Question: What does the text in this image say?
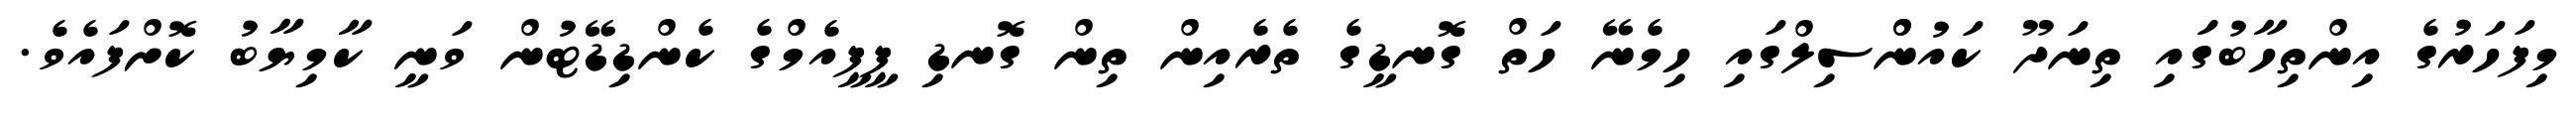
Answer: މިފަހަރުގެ އިންތިހާބުގަައި ތިނަދޫ ކައުންްސިލްގައި ހިމެނޭ ހަތް ގޮނޑީގެ ތެރެއިން ތިން ގޮނޑި ޕީޕީއެމްގެ ކެންޑިޑޭޓުން ވަނީ ކާމިޔާބު ކޮށްފައެވެ.